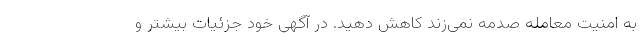
به امنیت معامله صدمه نمی‌زند کاهش دهید. در آگهی خود جزئیات بیشتر و